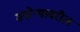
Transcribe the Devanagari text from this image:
मनोऱ्यावरील